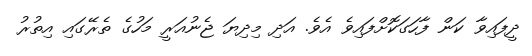
ދީފައިވާ ކަން ފާހަގަކޮށްފައިވެ އެވެ. އަދި މިދިޔަ ޖެނުއަރީ މަހުގެ ތެރޭގައި އިތުރު